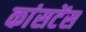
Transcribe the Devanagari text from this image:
कांसटेंस